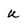
Character: u